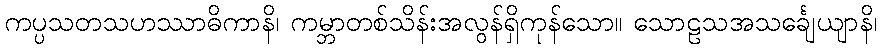
ကပ္ပသတသဟဿာဓိကာနိ၊ ကမ္ဘာတစ်သိန်းအလွန်ရှိကုန်သော။ သောဠသအသင်္ချေယျာနိ၊